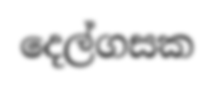
දෙල්ගසක